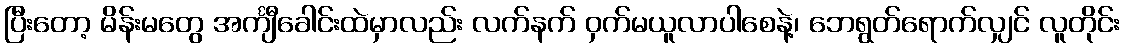
ပြီးတော့ မိန်းမတွေ အင်္ကျီခေါင်းထဲမှာလည်း လက်နက် ဝှက်မယူလာပါစေနဲ့၊ ဘေရွတ်ရောက်လျှင် လူတိုင်း